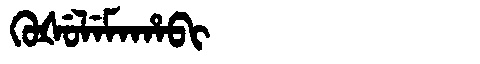
Manchu: ᡴᡠᡧᡠᠯᡝᠮᠠᡥᠠᠪᡳ
Romanization: KUŠULEMAHABI